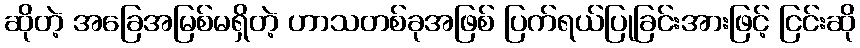
ဆိုတဲ့ အခြေအမြစ်မရှိတဲ့ ဟာသတစ်ခုအဖြစ် ပြက်ရယ်ပြုခြင်းအားဖြင့် ငြင်းဆို